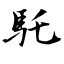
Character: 馲